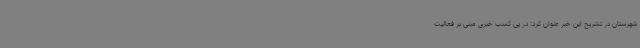
شهرستان در تشریح این خبر عنوان کرد: در پی کسب خبری مبنی بر فعالیت